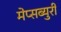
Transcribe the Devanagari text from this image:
मेप्सब्युरी